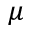
\mu